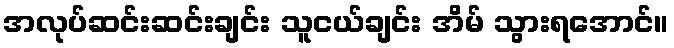
အလုပ်ဆင်းဆင်းချင်း သူငယ်ချင်း အိမ် သွားရအောင်။